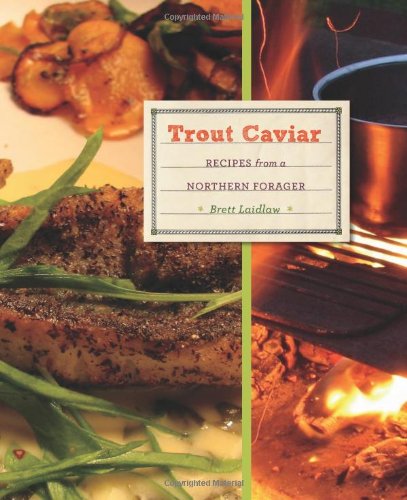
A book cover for Trout Caviar: Recipes from a Northern Forager; Brett Laidlaw; Cookbooks, Food & Wine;